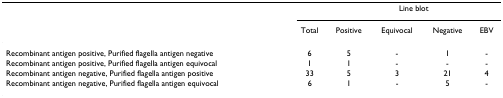
<table><thead><tr><td></td><td></td><td colspan="4"><b>Line blot</b></td></tr><tr><td></td><td><b>Total</b></td><td><b>Positive</b></td><td><b>Equivocal</b></td><td><b>Negative</b></td><td><b>EBV</b></td></tr></thead><tbody><tr><td>Recombinant antigen positive, Purified flagella antigen negative</td><td>6</td><td>5</td><td>-</td><td>1</td><td>-</td></tr><tr><td>Recombinant antigen positive, Purified flagella antigen equivocal</td><td>1</td><td>1</td><td>-</td><td>-</td><td>-</td></tr><tr><td>Recombinant antigen negative, Purified flagella antigen positive</td><td>33</td><td>5</td><td>3</td><td>21</td><td>4</td></tr><tr><td>Recombinant antigen negative, Purified flagella antigen equivocal</td><td>6</td><td>1</td><td>-</td><td>5</td><td>-</td></tr></tbody></table>